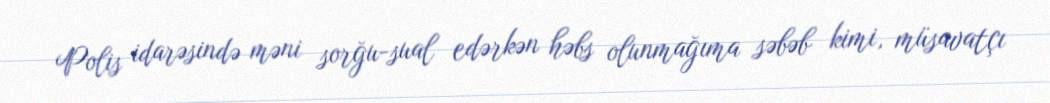
Polis idarəsində məni sorğu-sual edərkən həbs olunmağıma səbəb kimi, müsavatçı